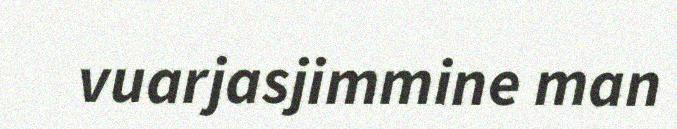
vuarjasjimmine man